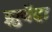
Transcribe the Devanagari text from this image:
झुबैदा